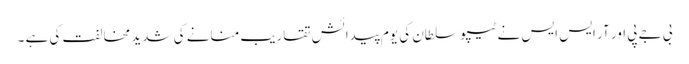
بی جے پی اور آر ایس ایس نے ٹیپو سلطان کی یوم پیدائش تقاریب منانے کی شدید مخالفت کی ہے ۔